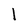
Character: l